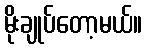
မိုးချုပ်တော့မယ်။